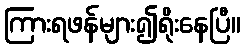
ကြားရဖန်များ၍ရိုးနေပြီ။